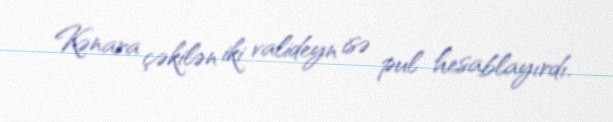
Kənara çəkilən iki valideyn isə pul hesablayırdı.